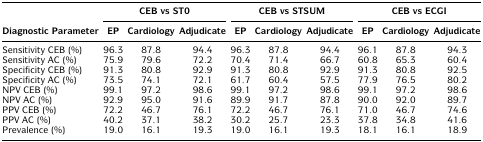
<table><thead><tr><td></td><td colspan="3"><b>CEB vs ST0</b></td><td colspan="3"><b>CEB vs STSUM</b></td><td colspan="3"><b>CEB vs ECGI</b></td></tr><tr><td><b>Diagnostic Parameter</b></td><td><b>EP</b></td><td><b>Cardiology</b></td><td><b>Adjudicate</b></td><td><b>EP</b></td><td><b>Cardiology</b></td><td><b>Adjudicate</b></td><td><b>EP</b></td><td><b>Cardiology</b></td><td><b>Adjudicate</b></td></tr></thead><tbody><tr><td>Sensitivity CEB (%)</td><td>96.3</td><td>87.8</td><td>94.4</td><td>96.3</td><td>87.8</td><td>94.4</td><td>96.1</td><td>87.8</td><td>94.3</td></tr><tr><td>Sensitivity AC (%)</td><td>75.9</td><td>79.6</td><td>72.2</td><td>70.4</td><td>71.4</td><td>66.7</td><td>60.8</td><td>65.3</td><td>60.4</td></tr><tr><td>Specificity CEB (%)</td><td>91.3</td><td>80.8</td><td>92.9</td><td>91.3</td><td>80.8</td><td>92.9</td><td>91.3</td><td>80.8</td><td>92.5</td></tr><tr><td>Specificity AC (%)</td><td>73.5</td><td>74.1</td><td>72.1</td><td>61.7</td><td>60.4</td><td>57.5</td><td>77.9</td><td>76.5</td><td>80.2</td></tr><tr><td>NPV CEB (%)</td><td>99.1</td><td>97.2</td><td>98.6</td><td>99.1</td><td>97.2</td><td>98.6</td><td>99.1</td><td>97.2</td><td>98.6</td></tr><tr><td>NPV AC (%)</td><td>92.9</td><td>95.0</td><td>91.6</td><td>89.9</td><td>91.7</td><td>87.8</td><td>90.0</td><td>92.0</td><td>89.7</td></tr><tr><td>PPV CEB (%)</td><td>72.2</td><td>46.7</td><td>76.1</td><td>72.2</td><td>46.7</td><td>76.1</td><td>71.0</td><td>46.7</td><td>74.6</td></tr><tr><td>PPV AC (%)</td><td>40.2</td><td>37.1</td><td>38.2</td><td>30.2</td><td>25.7</td><td>23.3</td><td>37.8</td><td>34.8</td><td>41.6</td></tr><tr><td>Prevalence (%)</td><td>19.0</td><td>16.1</td><td>19.3</td><td>19.0</td><td>16.1</td><td>19.3</td><td>18.1</td><td>16.1</td><td>18.9</td></tr></tbody></table>